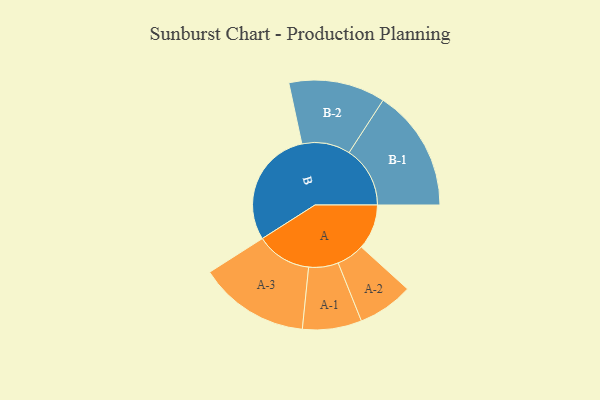
{"axis": {"x": "Segment", "y": "Value"}, "legend": ["", "A", "B"], "data": [{"x": "A", "y": 174, "type": ""}, {"x": "B", "y": 455, "type": ""}, {"x": "A-1", "y": 114, "type": "A"}, {"x": "A-2", "y": 107, "type": "A"}, {"x": "A-3", "y": 213, "type": "A"}, {"x": "B-1", "y": 235, "type": "B"}, {"x": "B-2", "y": 186, "type": "B"}]}